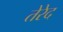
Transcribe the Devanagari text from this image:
तेरेद